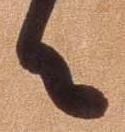
々